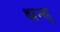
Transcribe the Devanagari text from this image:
थन्ड्